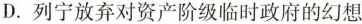
D.列宁放弃对资产阶级临时政府的幻想